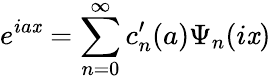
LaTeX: e^{ia\mathit{x}}=\sum_{n=0}^{\infty}c_{n}^{\prime}(a)\Psi_{n}(i\mathit{x})